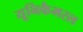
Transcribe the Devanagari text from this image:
यूनिकैमरल